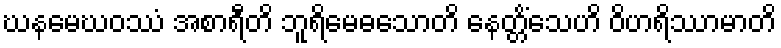
ဃနမေဃဝဿံ အစာရီတိ ဘူရိမေဓသောတိ နေတ္တိံသေဟိ ဝိဟရိဿာမာတိ